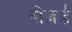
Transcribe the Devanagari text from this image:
वीज़र्ड